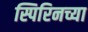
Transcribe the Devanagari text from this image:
स्पिरिनच्या